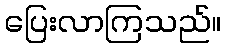
ပြေးလာကြသည်။